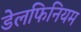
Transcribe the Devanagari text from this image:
डेलफिनियम